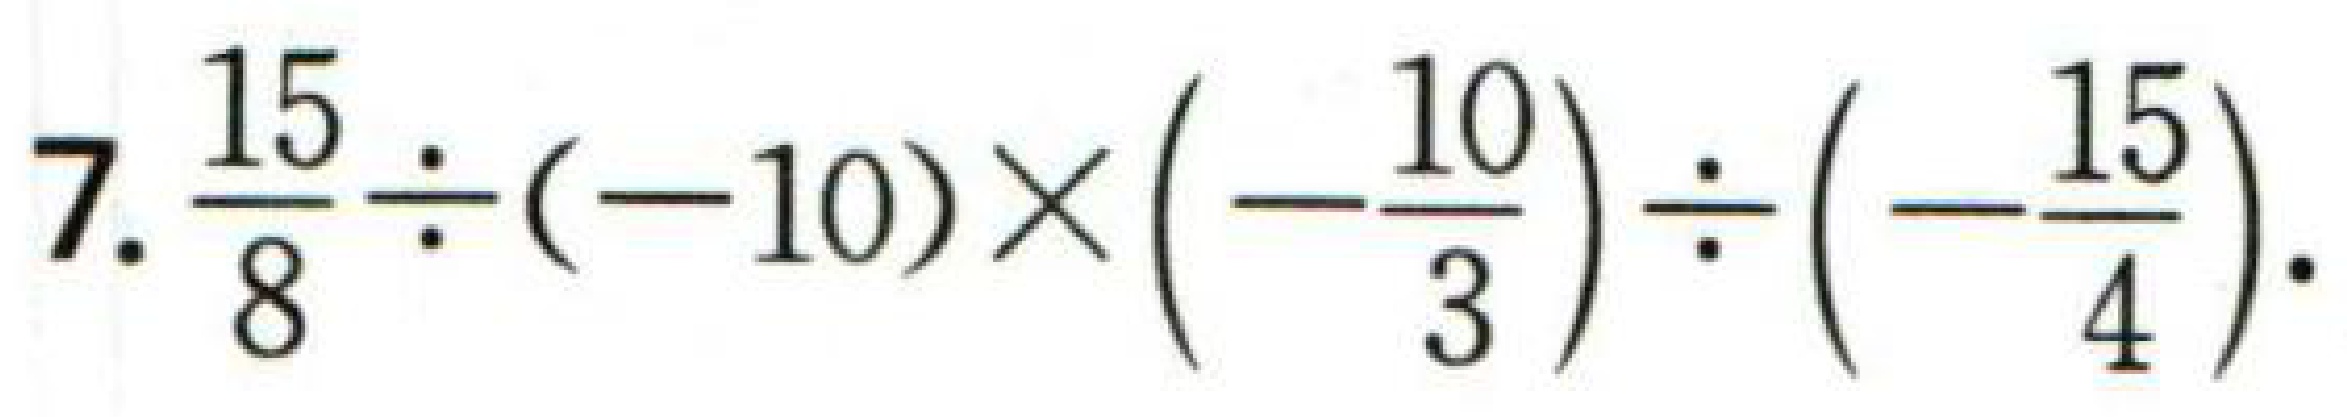
$7.\frac{15}{8}\div(-10)\times(-\frac{10}{3})\div(-\frac{15}{4}).$